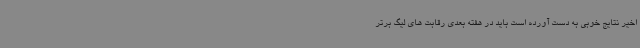
اخیر نتایج خوبی به دست آورده است باید در هفته بعدی رقابت های لیگ برتر